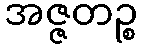
အဇ္ဇတဉ္စ